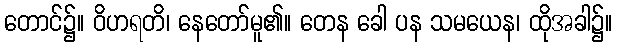
တောင်၌။ ဝိဟရတိ၊ နေတော်မူ၏။ တေန ခေါ ပန သမယေန၊ ထိုအခါ၌။